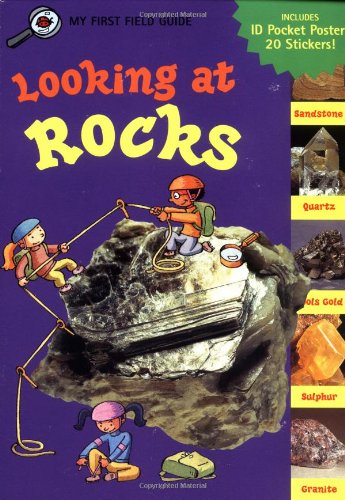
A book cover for Looking at Rocks (My First Field Guides); Jennifer Dussling; Children's Books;